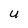
Character: U